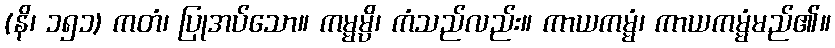
(နိ၊ ၁၅၁) ကတံ၊ ပြုအပ်သော။ ကမ္မမ္ပိ၊ ကံသည်လည်း။ ကာယကမ္မံ၊ ကာယကမ္မံမည်၏။